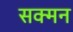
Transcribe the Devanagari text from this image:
सक्मन